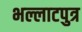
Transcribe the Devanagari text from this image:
भल्लाटपुत्र